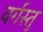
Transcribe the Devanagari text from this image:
वर्गस्तु